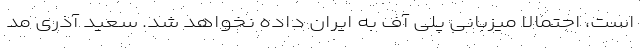
است، احتمالا میزبانی پلی آف به ایران داده نخواهد شد. سعید آذری مد